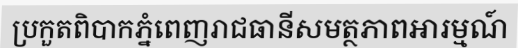
ប្រកួតពិបាកភ្នំពេញរាជធានីសមត្ថភាពអារម្មណ៍